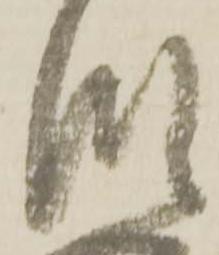
段